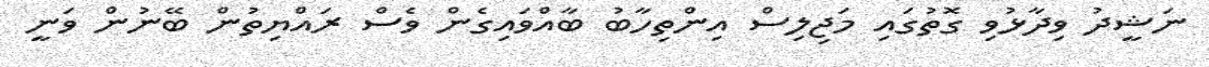
ނަޝީދު ވިދާޅުވި ގޮތުގައި މަޖިލިސް އިންތިހާބު ބާއްވައިގެން ވެސް ރައްޔިތުން ބޭނުން ވަނީ